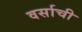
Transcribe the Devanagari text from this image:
वर्साची